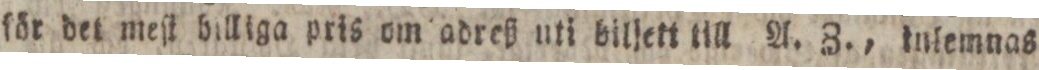
för det meſt billiga pris om adreß uti biljett till A. Z., inlemnas